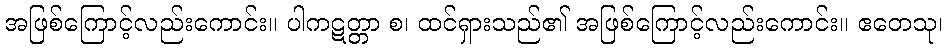
အဖြစ်ကြောင့်လည်းကောင်း။ ပါကဋတ္တာ စ၊ ထင်ရှားသည်၏ အဖြစ်ကြောင့်လည်းကောင်း။ ဧတေသု၊